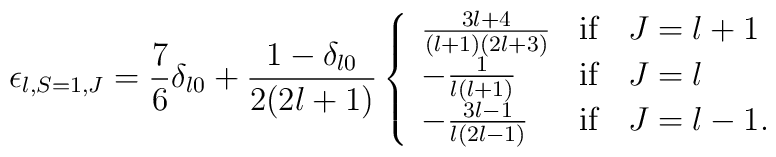
\epsilon_{l,S=1,J}=\frac{7}{6}\delta_{l0}+\frac{1-\delta_{l0}}{2(2l+1)}\left\{\begin{array}{lcl}\frac{3l+4}{(l+1)(2l+3)}& \rm if & J=l+1\\-\frac{1}{l(l+1)}& \rm if & J=l\\-\frac{3l-1}{l(2l-1)}& \rm if & J=l-1.\\\end{array}\right.